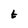
Character: t